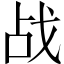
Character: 战